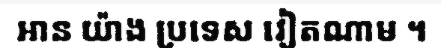
អាន យ៉ាង ប្រទេស វៀតណាម ។